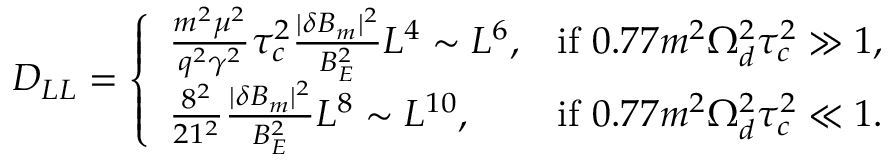
D _ { L L } = \left\{ \begin{array} { l l } { \frac { m ^ { 2 } \mu ^ { 2 } } { q ^ { 2 } \gamma ^ { 2 } } \tau _ { c } ^ { 2 } \frac { | \delta B _ { m } | ^ { 2 } } { B _ { E } ^ { 2 } } L ^ { 4 } \sim L ^ { 6 } , } & { \mathrm { i f ~ } 0 . 7 7 m ^ { 2 } \Omega _ { d } ^ { 2 } \tau _ { c } ^ { 2 } \gg 1 , } \\ { \frac { 8 ^ { 2 } } { 2 1 ^ { 2 } } \frac { | \delta B _ { m } | ^ { 2 } } { B _ { E } ^ { 2 } } L ^ { 8 } \sim L ^ { 1 0 } , } & { \mathrm { i f ~ } 0 . 7 7 m ^ { 2 } \Omega _ { d } ^ { 2 } \tau _ { c } ^ { 2 } \ll 1 . } \end{array} \right.